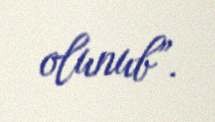
olunub”.